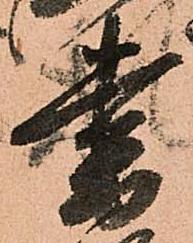
書